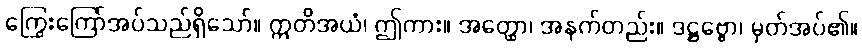
ကြွေးကြော်အပ်သည်ရှိသော်။ ဣတိအယံ၊ ဤကား။ အတ္ထော၊ အနက်တည်း။ ဒဋ္ဌဗ္ဗော၊ မှတ်အပ်၏။